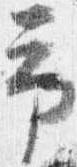
予